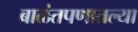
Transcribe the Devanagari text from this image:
बाळंतपणातल्या